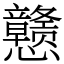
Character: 戆